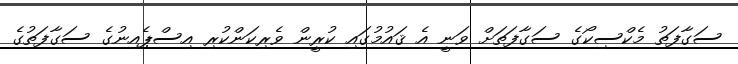
ސަގާފަތު މެކްސިކޯގެ ސަގާފަތަށް ވަނީ އެ ޤައުމުގައި ކުރީން ވެރިކަންކުރި އިސްޕެއިނުގެ ސަގާފަތުގެ